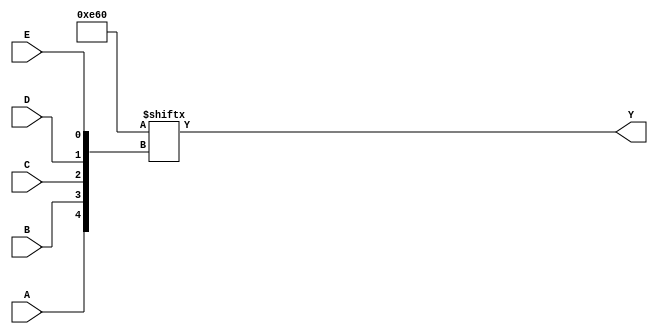
module five_variable_kmap (
    input wire A,  // Input variable A
    input wire B,  // Input variable B
    input wire C,  // Input variable C
    input wire D,  // Input variable D
    input wire E,  // Input variable E
    output wire Y  // Output signal representing the simplified Boolean function
);

// Internal wire to represent the K-map output
wire [31:0] kmap;

// K-map initialization based on the simplified Boolean function
// Each bit corresponds to a minterm (0-31) based on the combination of A, B, C, D, E
assign kmap[0]  = 1'b0; // m0
assign kmap[1]  = 1'b0; // m1
assign kmap[2]  = 1'b0; // m2
assign kmap[3]  = 1'b0; // m3
assign kmap[4]  = 1'b0; // m4
assign kmap[5]  = 1'b1; // m5
assign kmap[6]  = 1'b1; // m6
assign kmap[7]  = 1'b0; // m7
assign kmap[8]  = 1'b0; // m8
assign kmap[9]  = 1'b1; // m9
assign kmap[10] = 1'b1; // m10
assign kmap[11] = 1'b1; // m11
assign kmap[12] = 1'b0; // m12
assign kmap[13] = 1'b0; // m13
assign kmap[14] = 1'b0; // m14
assign kmap[15] = 1'b0; // m15
assign kmap[16] = 1'b0; // m16
assign kmap[17] = 1'b0; // m17
assign kmap[18] = 1'b0; // m18
assign kmap[19] = 1'b0; // m19
assign kmap[20] = 1'b0; // m20
assign kmap[21] = 1'b0; // m21
assign kmap[22] = 1'b0; // m22
assign kmap[23] = 1'b0; // m23
assign kmap[24] = 1'b0; // m24
assign kmap[25] = 1'b0; // m25
assign kmap[26] = 1'b0; // m26
assign kmap[27] = 1'b0; // m27
assign kmap[28] = 1'b0; // m28
assign kmap[29] = 1'b0; // m29
assign kmap[30] = 1'b0; // m30
assign kmap[31] = 1'b0; // m31

// Determine the index of the K-map based on the input variables
wire [4:0] index;
assign index = {A, B, C, D, E}; // Concatenate A, B, C, D, E to form the index

// Output is the value at the corresponding K-map index
assign Y = kmap[index];

endmodule